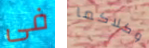
فى وكلاكما